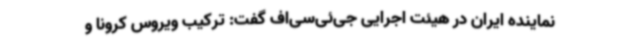
نماینده ایران در هیئت اجرایی جی‌ئی‌سی‌اف گفت: ترکیب ویروس کرونا و